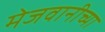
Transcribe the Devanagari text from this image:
मेजवानीच्या